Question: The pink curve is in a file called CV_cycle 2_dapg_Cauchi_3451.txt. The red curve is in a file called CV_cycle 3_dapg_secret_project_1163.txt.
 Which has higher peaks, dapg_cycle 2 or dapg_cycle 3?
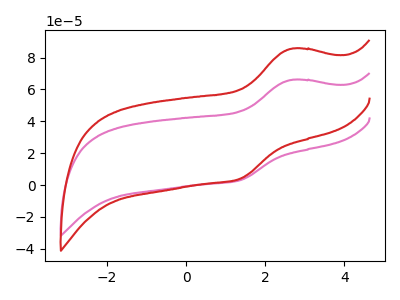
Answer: <think>The pink curve "dapg_cycle 2" has an anodic peak at (2.70V, 66.05uA) and a cathodic peak at (1.35V, 3.00uA). The red curve "dapg_cycle 3" has an anodic peak at (2.70V, 85.60uA) and a cathodic peak at (1.35V, 3.85uA).</think>
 <answer>The peaks in "dapg_cycle 2" are neither all higher or all lower than the peaks in "dapg_cycle 3".</answer>
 <eval>mixed</eval>